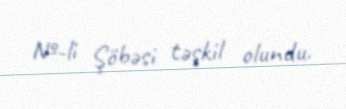
№-li Şöbəsi təşkil olundu.